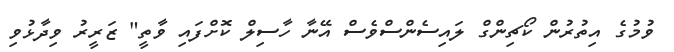
ވުމުގެ އިތުރުން ކޯޗިންގް ލައިސެންސްވެސް އޭނާ ހާސިލް ކޮށްފައި ވާތީ" ޒަރީރު ވިދާޅުވި